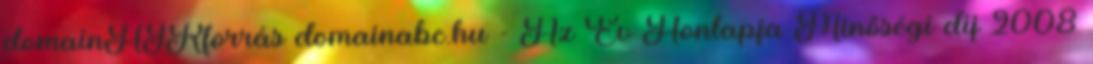
domainHÍRforrás domainabc.hu - Az Év Honlapja Minőségi díj 2008